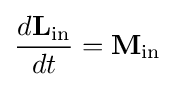
{\frac {d\mathbf {L} _{\text{in}}}{dt}}=\mathbf {M} _{\text{in}}